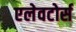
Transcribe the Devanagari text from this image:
एलेवटोर्स